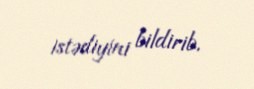
istədiyini bildirib.